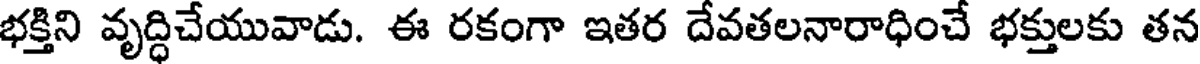
భక్తిని వృద్ధిచేయువాడు. ఈ రకంగా ఇతర దేవతలనారాధించే భక్తులకు తన